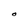
Character: O